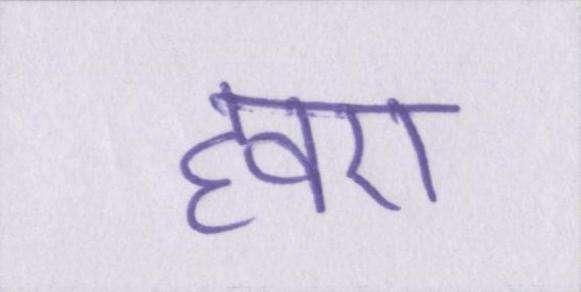
हवए